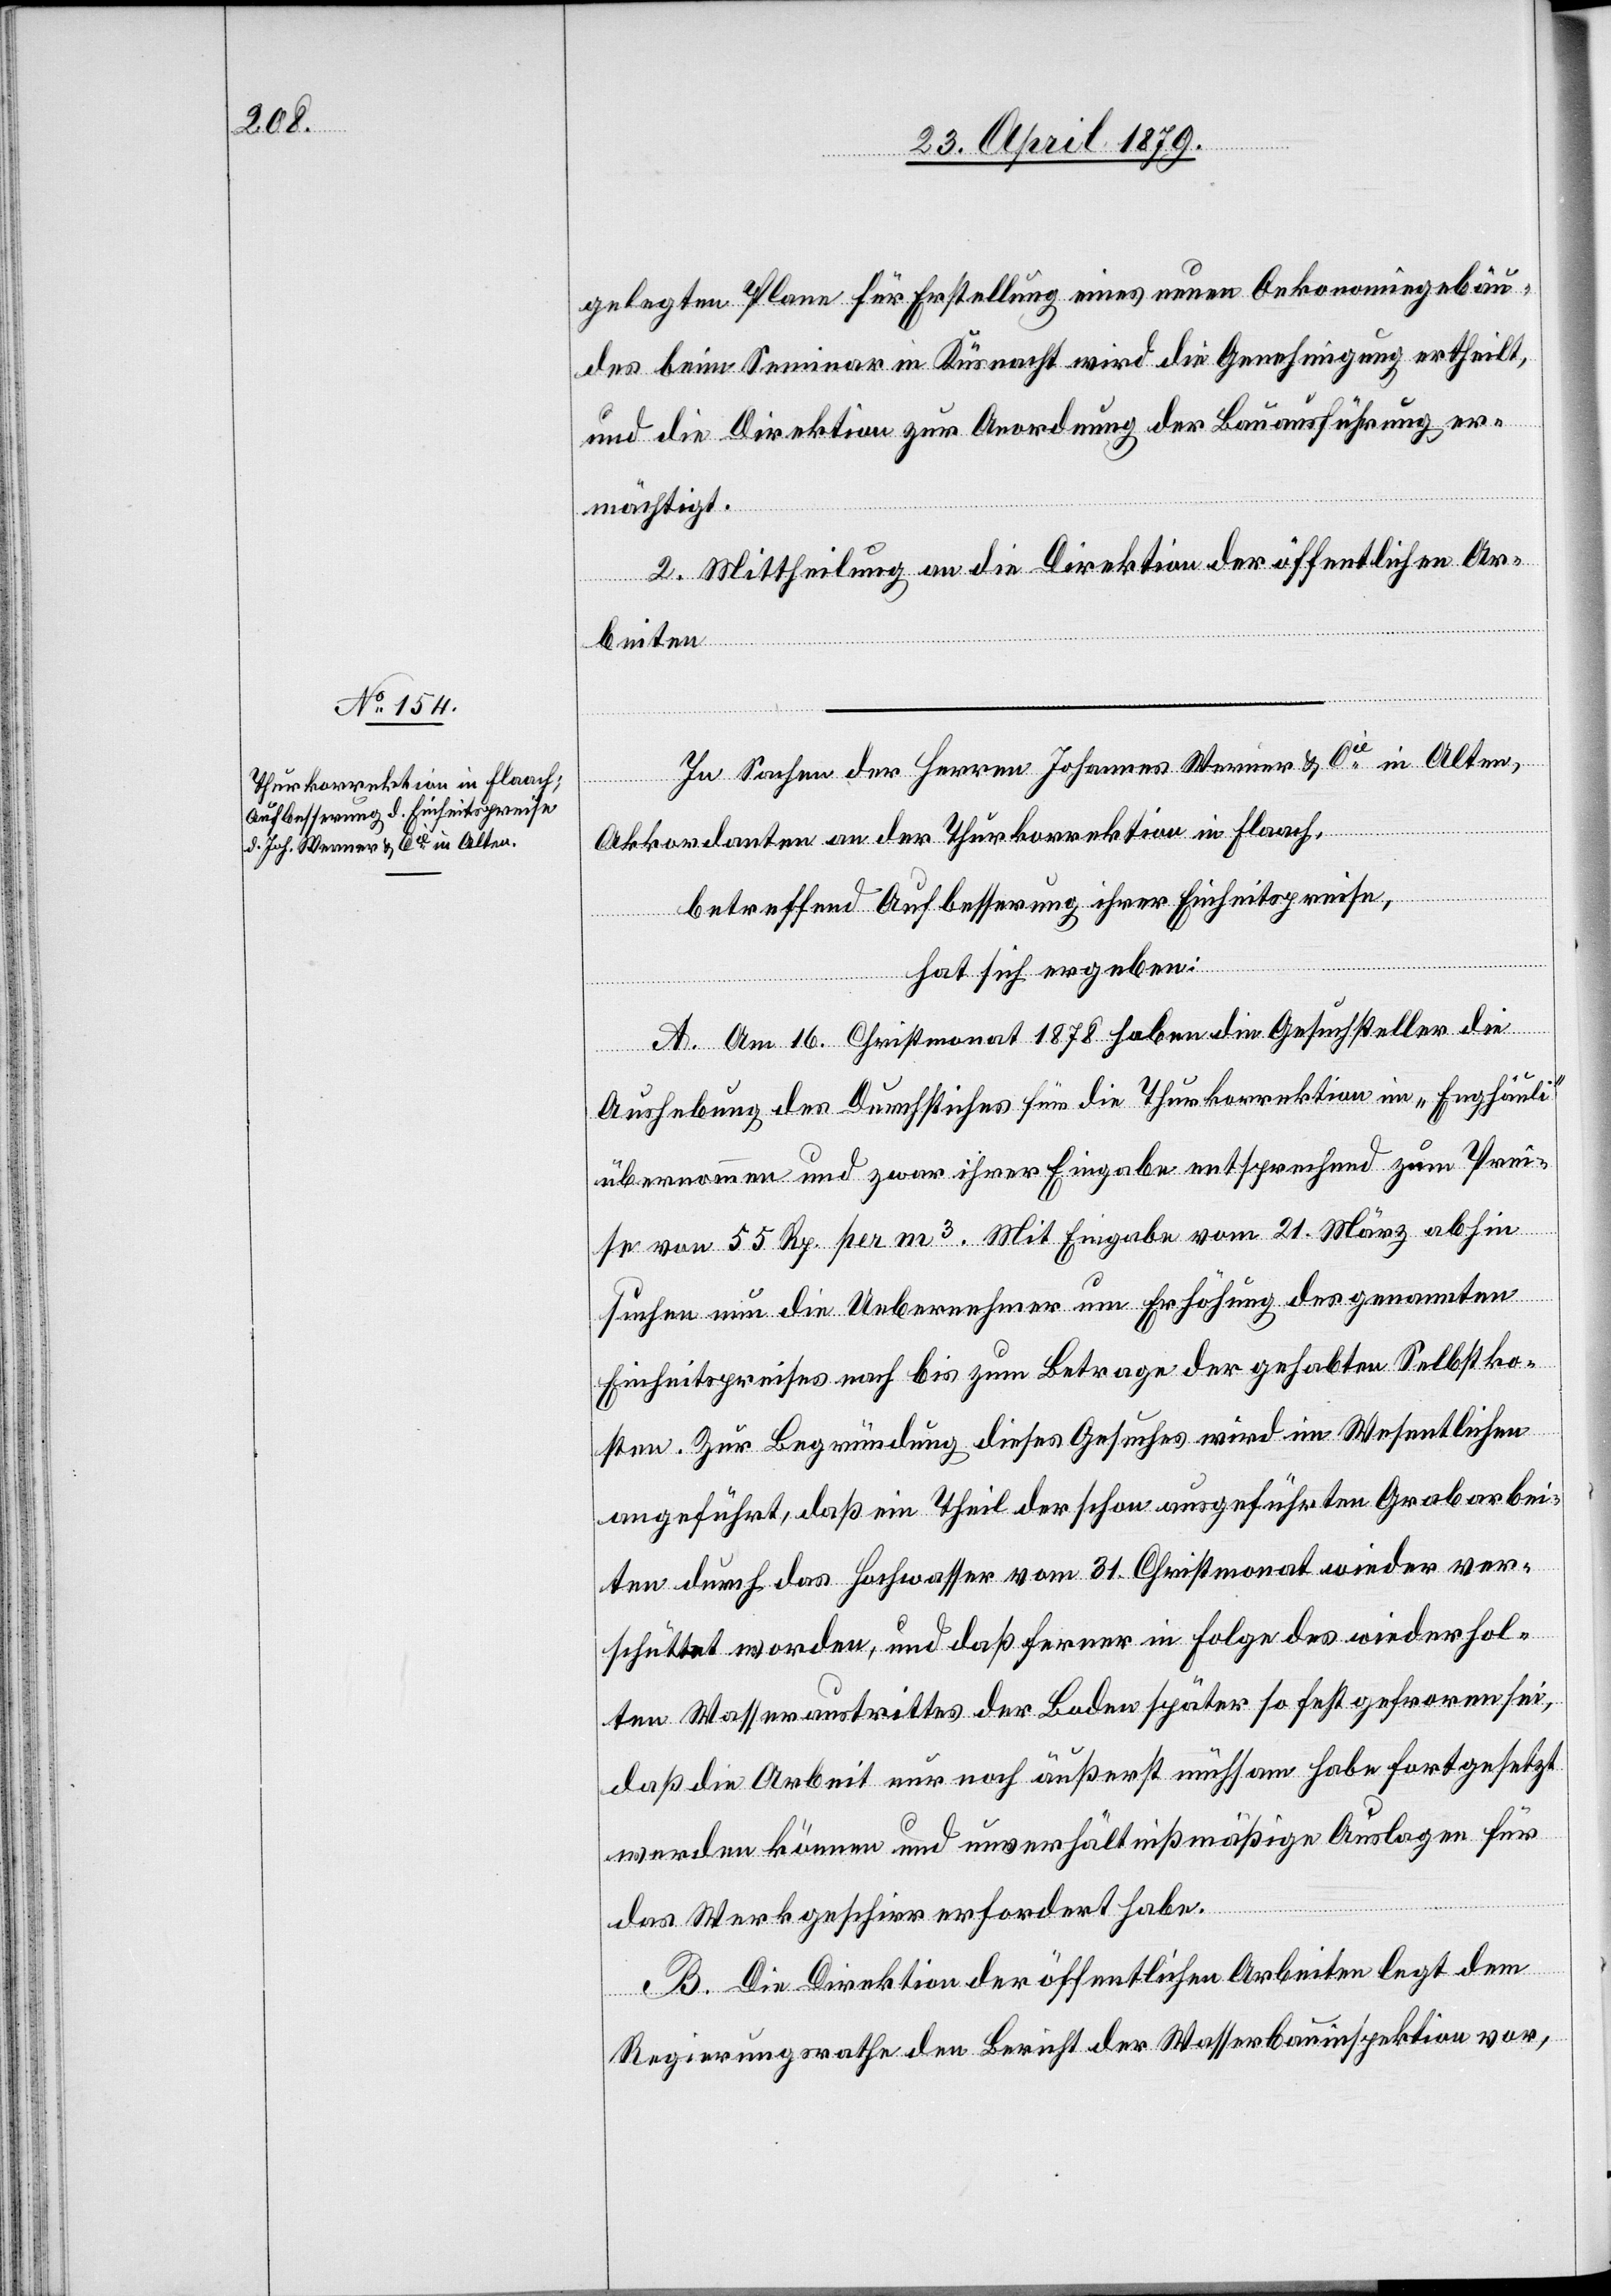
gelegten Plane für Erstellung eines neuen Oekonomiegebäu¬
des beim Seminar in Küsnacht wird die Genehmigung ertheilt,
und die Direktion zur Anordnung der Bauausführung er¬
mächtigt.
2. Mittheilung an die Direktion der öffentlichen Ar¬
beiten.
In Sachen der Herren Johannes Werner & Cie in Alten,
Akkordanten an der Thurkorrektion in Flaach,
betreffend Aufbesserung ihrer Einheitspreise,
hat sich ergeben:
A. Am 16. Christmonat 1878 haben die Gesuchsteller die
Aushebung des Durchstiches für die Thurkorrektion im „Enghäuli“
übernommen und zwar ihrer Eingabe entsprechend zum Prei¬
se von 55 Rp. per m3. Mit Eingabe vom 21. März abhin
suchen nun die Uebernehmer um Erhöhung des genannten
Einheitspreises nach bis zum Betrage der gehabten Selbstko¬
sten. Zur Begründung dieses Gesuches wird im Wesentlichen
angeführt, daß ein Theil der schon ausgeführten Grabarbei¬
ten durch das Hochwasser vom 31. Christmonat wieder ver¬
schüttet worden, und daß ferner in Folge des wiederhol¬
ten Wasseraustrittes der Boden später so fest gefroren sei,
daß die Arbeit nur noch äußerst mühsam habe fortgesetzt
werden können und unverhältnißmäßige Auslagen für
das Werkgeschirr erfordert habe.
B. Die Direktion der öffentlichen Arbeiten legt dem
Regierungsrathe den Bericht der Wasserbauinspektion vor,